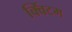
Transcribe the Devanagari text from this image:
क्विंटम